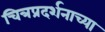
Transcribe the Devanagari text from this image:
चित्रप्रदर्शनाच्या